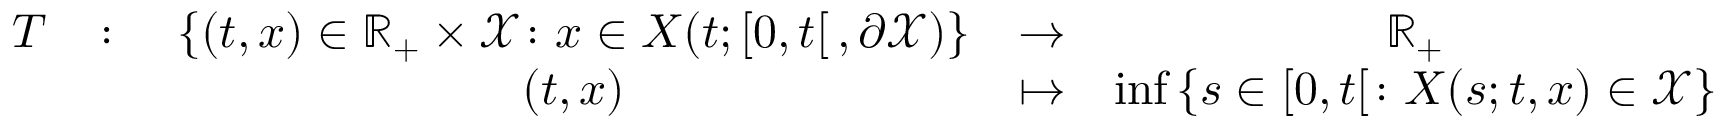
\begin{array} { c c c c c } { T } & { \colon } & { \left\{ ( t , x ) \in { \mathbb { R } } _ { + } \times \mathcal { X } \colon x \in X ( t ; \left[ 0 , t \right[ , \partial \mathcal { X } ) \right\} } & { \to } & { { \mathbb { R } } _ { + } } \\ & & { ( t , x ) } & { \mapsto } & { \operatorname* { i n f } \left\{ s \in [ 0 , t [ \colon X ( s ; t , x ) \in \mathcal { X } \right\} } \end{array}